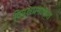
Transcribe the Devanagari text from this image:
विपूलप्रमाणात